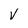
Character: V